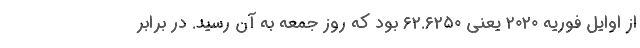
از اوایل فوریه ۲۰۲۰ یعنی ۶۲.۶۲۵۰ بود که روز جمعه به آن رسید. در برابر